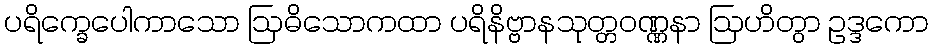
ပရိက္ခေပေါကာသော ဩဓိသောကထာ ပရိနိဗ္ဗာနသုတ္တဝဏ္ဏနာ ဩဟိတွာ ဥဒ္ဒကော